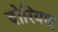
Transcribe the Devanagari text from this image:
दोरियाइ